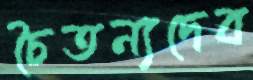
চৈতন্যদেব